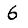
Digit: 6